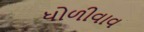
ધોળીવાવ